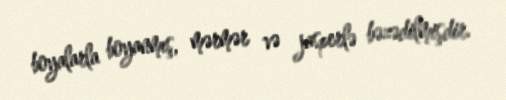
boyalarla boyanmış, mərmər və jasperlə bəzədilmişdir.